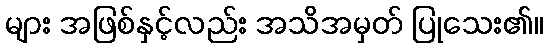
များ အဖြစ်နှင့်လည်း အသိအမှတ် ပြုသေး၏။